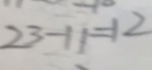
2 3 - 1 1 = 1 2